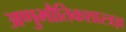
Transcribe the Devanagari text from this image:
अणुभौतिकशास्त्रज्ञ